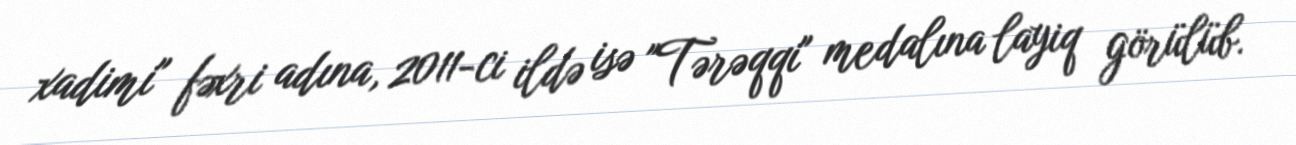
xadimi" fəxri adına, 2011-ci ildə isə "Tərəqqi" medalına layiq görülüb.